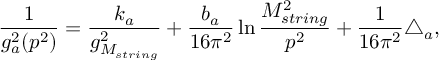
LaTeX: \frac { 1 } { g _ { a } ^ { 2 } ( p ^ { 2 } ) } = \frac { k _ { a } } { g _ { M _ { s t r i n g } } ^ { 2 } } + \frac { b _ { a } } { 1 6 \pi ^ { 2 } } \ln \frac { M _ { s t r i n g } ^ { 2 } } { p ^ { 2 } } + \frac { 1 } { 1 6 \pi ^ { 2 } } \triangle _ { a } ,